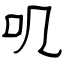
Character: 叽